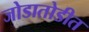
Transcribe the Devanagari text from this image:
जोडातोडीत